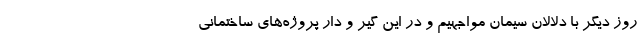
روز دیگر با دلالان سیمان مواجهیم و در این گیر و دار پروژه‌های ساختمانی